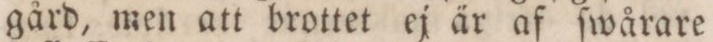
gård, men att brottet ej är af ſwårare